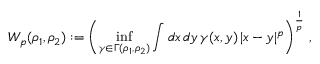
W _ { p } ( \rho _ { 1 } , \rho _ { 2 } ) : = \left( \operatorname* { i n f } _ { \gamma \in \Gamma ( \rho _ { 1 } , \rho _ { 2 } ) } \int d x \, d y \, \gamma ( x , y ) \, | x - y | ^ { p } \right) ^ { \frac { 1 } { p } } \, ,